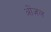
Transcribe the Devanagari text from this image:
ओंजल